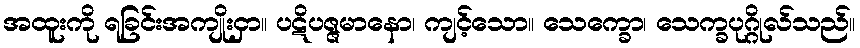
အထူးကို ရခြင်းအကျိုးငှာ။ ပဋိပဇ္ဇမာနော၊ ကျင့်သော။ သေက္ခော၊ သေက္ခပုဂ္ဂိုလ်သည်။